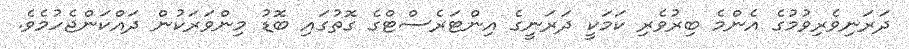
ދަރަނިވެރިވުމުގެ އެންމެ ބިރުވެރި ކަމަކީ ދަރަނީގެ އިންޓަރެސްޓްގެ ގޮތުގައި ބޮޑު މިންވަރަކުން ދައްކަންޖެހުމެވެ.